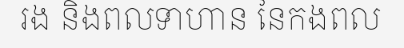
រង និងពលទាហាន នៃកងពល